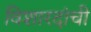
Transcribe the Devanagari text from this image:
विशारदांची